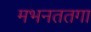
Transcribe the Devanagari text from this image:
मभनततगा